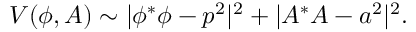
V ( \phi , A ) \sim | \phi ^ { * } \phi - p ^ { 2 } | ^ { 2 } + | A ^ { * } A - a ^ { 2 } | ^ { 2 } .